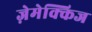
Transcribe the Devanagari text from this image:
ज़ेमेक्किज